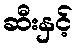
ဆီးနှင့်